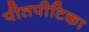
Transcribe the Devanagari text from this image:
पीतपीटिका